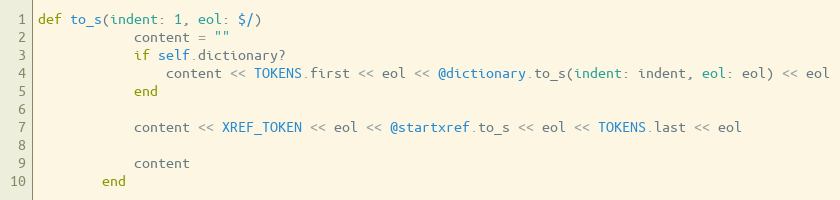
Language: Ruby
def to_s(indent: 1, eol: $/)
            content = ""
            if self.dictionary?
                content << TOKENS.first << eol << @dictionary.to_s(indent: indent, eol: eol) << eol
            end

            content << XREF_TOKEN << eol << @startxref.to_s << eol << TOKENS.last << eol

            content
        end